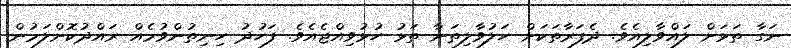
ނަގާ ތަޅަށް ލައްވާލިއެވެ. ދެފަރާތަކަށް ހަލުވާލިތަނާ ތަޅު ހުޅުވިއްޖެއެވެ. ފަހުދު ހިނިތުންވުމެއް ރައްދުކޮށްލަމުން